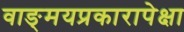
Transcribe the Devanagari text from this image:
वाङ्‌मयप्रकारापेक्षा